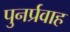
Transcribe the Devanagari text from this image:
पुनर्प्रवाह